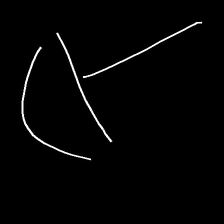
Glyph: dispersion